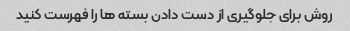
روش برای جلوگیری از دست دادن بسته ها را فهرست کنید